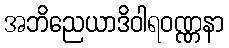
အဘိညေယာဒိဝါရဝဏ္ဏနာ